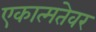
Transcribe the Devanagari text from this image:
एकात्मतेवर